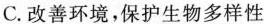
C.改善环境，保护生物多样性